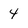
Character: 4